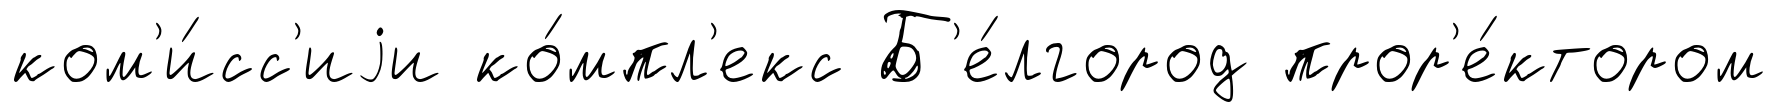
ком'и́сс'иjи ко́мпл'екс Б'е́лгород прор'е́ктором